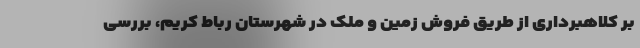
بر کلاهبرداری از طریق فروش زمین و ملک در شهرستان رباط کریم، بررسی